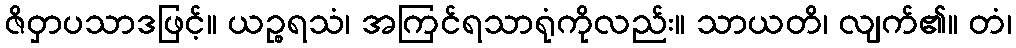
ဇိဝှာပသာဒဖြင့်။ ယဉ္စရသံ၊ အကြင်ရသာရုံကိုလည်း။ သာယတိ၊ လျက်၏။ တံ၊